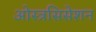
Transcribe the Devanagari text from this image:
ओस्त्रसिसेशन